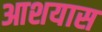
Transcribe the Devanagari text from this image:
आशयास